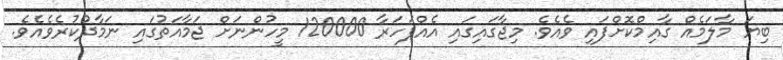
ބިޔަ މާލަމެއް ގާއިމްކޮށްފައި ވެއެވެ. މިޖާގައިގައި އެއްފަހަރާ 120000 މީހުންނަށް ޖަމާއަތުގައި ނަމާދުކުރެވެއެވެ.